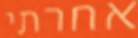
אחרתי